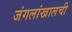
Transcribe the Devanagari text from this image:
जंगलांखालची